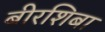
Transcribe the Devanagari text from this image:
बीरशिबा